Annual report of the Punjab Veterinary College and of the Civil Veterinary Department, Punjab - 1926-1932
Year: 1926
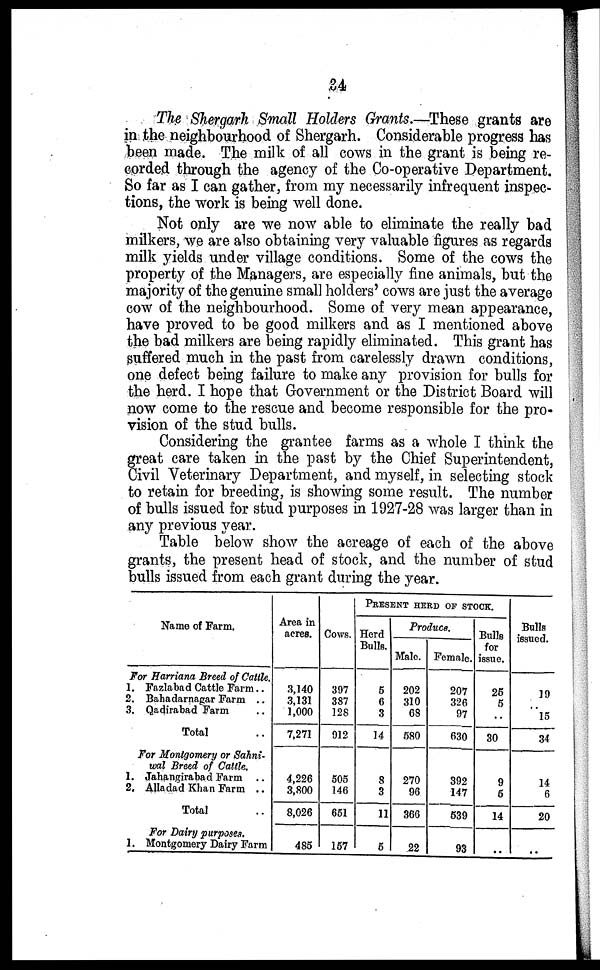
34
The Shergarh Small Holders Grants.—These grants are
in the neighbourhood of Shergarh. Considerable progress has
been made. The milk of all cows in the grant is being re-
corded through the agency of the Co-operative Department.
So far as I can gather, from my necessarily infrequent inspec-
tions, the work is being well done.
Not only are we now able to eliminate the really bad
milkers, we are also obtaining very valuable figures as regards
milk yields under village conditions. Some of the cows the
property of the Managers, are especially fine animals, but the
majority of the genuine small holders' cows are just the average
cow of the neighbourhood. Some of very mean appearance,
have proved to be good milkers and as I mentioned above
the bad milkers are being rapidly eliminated. This grant has
suffered much in the past from carelessly drawn conditions,
one defect being failure to make any provision for bulls for
the herd. I hope that Government or the District Board will
now come to the rescue and become responsible for the pro-
vision of the stud bulls.
Considering the grantee farms as a whole I think the
great care taken in the past by the Chief Superintendent,
Civil Veterinary Department, and myself, in selecting stock
to retain for breeding, is showing some result. The number
of bulls issued for stud purposes in 1927-28 was larger than in
any previous year.
Table below show the acreage of each of the above
grants, the present head of stock, and the number of stud
bulls issued from each grant during the year.
Name of Farm.
For Harriana Breed of Cattle.
1. Fazlabad Cattle Farm ..
2. Bahadarnagar Farm ..
3. Qadirabad Farm ..
Total
For Montgomery or Sahni-
wal Breed of Cattle.
1. Jahangirabad Farm ..
2. Alladad Khan Farm ..
Total
For Dairy purposes.
1. Montgomery Dairy Farm
Area in
acres.
3,140
3,131
1,000
7,271
4,226
3,800
8,026
485
Cows.
397
387
128
912
505
146
651
157
PRESENT HERD OF STOCK.
Herd
Bulls.
5
6
3
14
8
3
11
5
Produce.
Male.
202
310
68
580
270
96
366
22
Female.
207
326
97
630
392
147
539
93
Bulls
for
issue.
25
5
..
30
9
5
14
..
Bulls
19
..
15
34
14
6
20
..